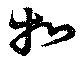
扣